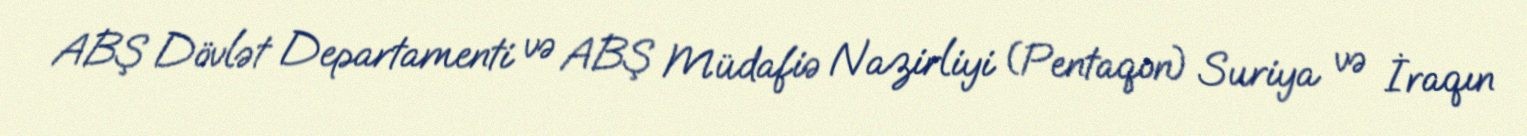
ABŞ Dövlət Departamenti və ABŞ Müdafiə Nazirliyi (Pentaqon) Suriya və İraqın